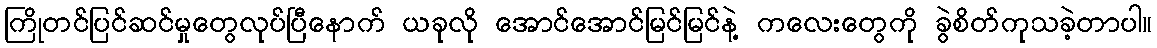
ကြိုတင်ပြင်ဆင်မှုတွေလုပ်ပြီနောက် ယခုလို အောင်အောင်မြင်မြင်နဲ့ ကလေးတွေကို ခွဲစိတ်ကုသခဲ့တာပါ။